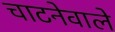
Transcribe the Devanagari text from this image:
चाटनेवाले